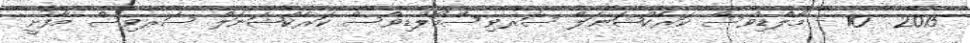
2015  10 - މޯލްޑިވްސް ކަރެކްޝަނަލް ސަރވިސްމޯލްޑިވްސް ކަރެކްޝަނަލް ސަރވިސް މާފުށީ